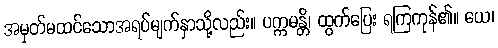
အမှတ်မထင်သောအရပ်မျက်နှာသို့လည်း။ ပက္ကမန္တိ၊ ထွက်ပြေး ရကြကုန်၏။ ယေ၊